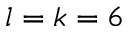
l = k = 6